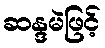
ဆန္ဒမဲဖြင့်